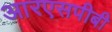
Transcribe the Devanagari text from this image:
आरएसपीबी